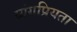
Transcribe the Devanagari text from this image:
व्यंगप्रियता